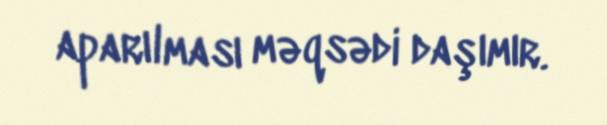
aparılması məqsədi daşımır.